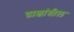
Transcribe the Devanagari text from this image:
द्राक्षांतील